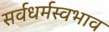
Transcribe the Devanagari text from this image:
सर्वधर्मस्वभाव